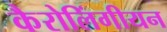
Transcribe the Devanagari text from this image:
कैरोलिंगीयन